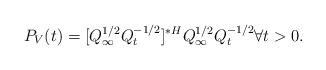
LaTeX: \begin{align*}P_V(t) = [Q_\infty^{1/2}Q_t^{-1/2}]^{*H}Q_\infty^{1/2}Q_t^{-1/2} \forall t>0.\end{align*}